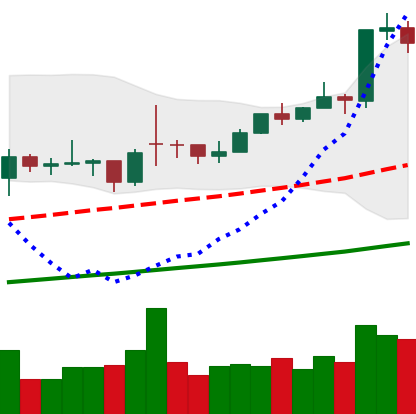
Ticker: BTC-USD
Chart end date: 2021-02-10
Forward return: 6.739%
Label: up_5_7